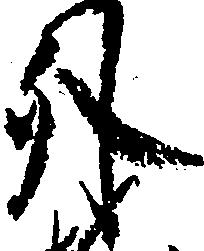
外